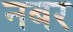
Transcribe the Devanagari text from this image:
नबर